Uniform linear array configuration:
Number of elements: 24
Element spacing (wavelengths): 0.25
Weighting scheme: binomial
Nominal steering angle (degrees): -30
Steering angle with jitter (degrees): -28.716
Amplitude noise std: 0.05
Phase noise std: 0.05

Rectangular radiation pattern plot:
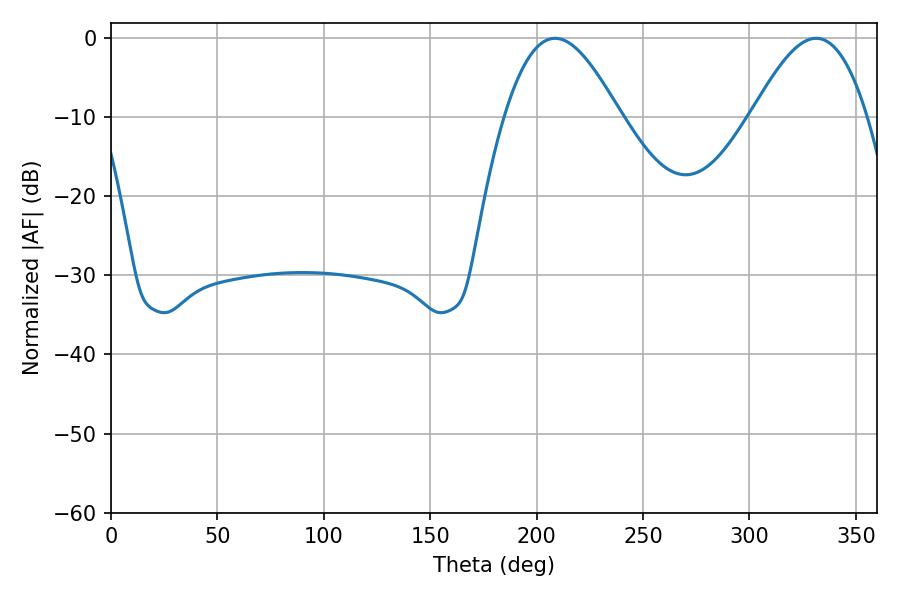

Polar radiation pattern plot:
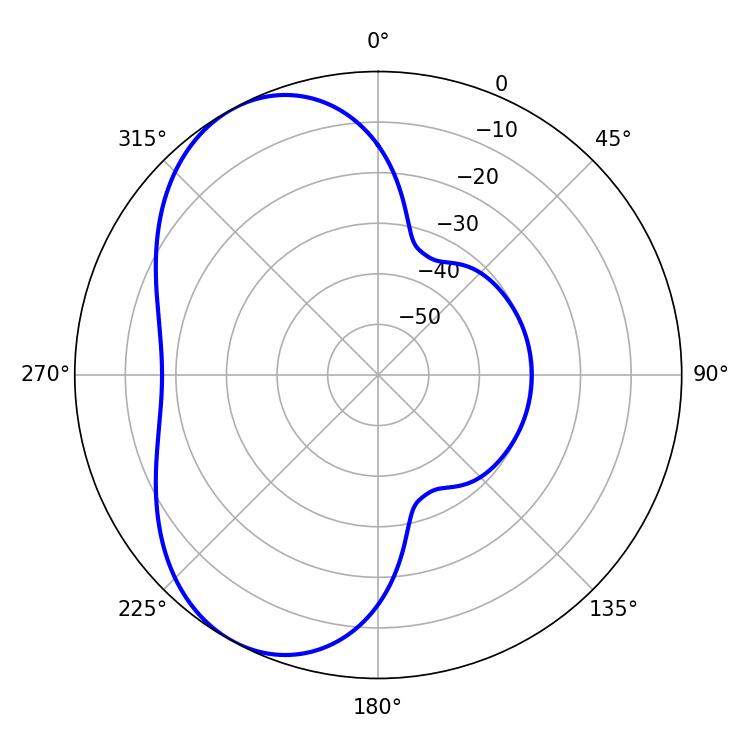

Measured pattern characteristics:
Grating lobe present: FALSE
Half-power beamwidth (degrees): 29.16
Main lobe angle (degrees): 208.62